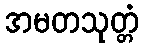
အမတသုတ္တံ